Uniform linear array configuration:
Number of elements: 8
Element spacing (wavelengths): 0.5
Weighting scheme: binomial
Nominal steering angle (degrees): -45
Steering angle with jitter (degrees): -45.552
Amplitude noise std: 0.05
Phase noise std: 0.05

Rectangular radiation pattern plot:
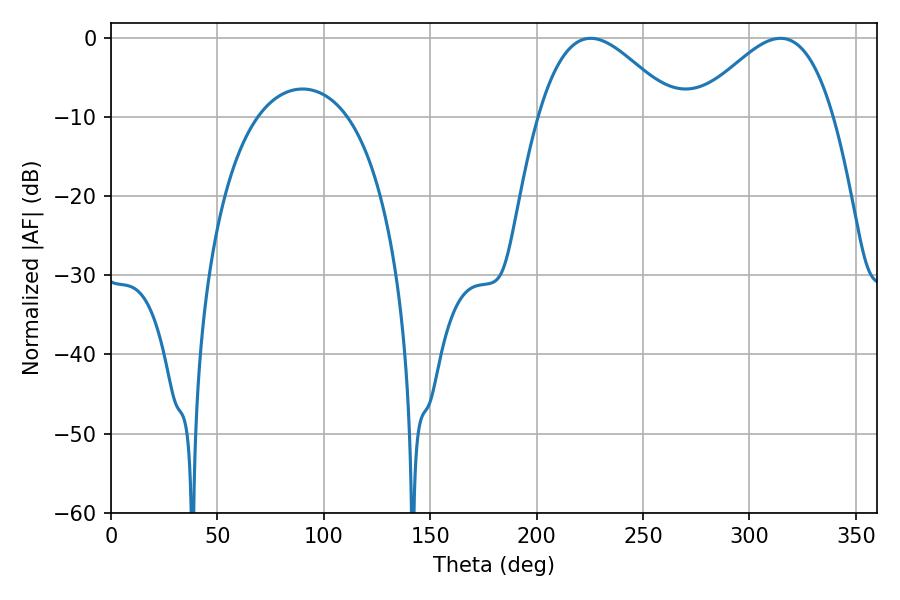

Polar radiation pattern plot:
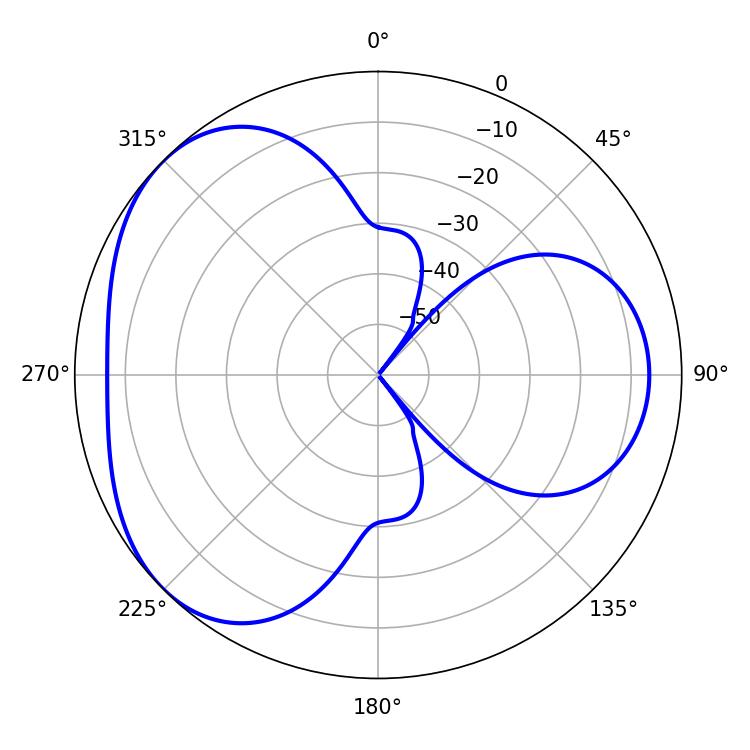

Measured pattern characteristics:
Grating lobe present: FALSE
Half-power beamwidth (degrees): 34.92
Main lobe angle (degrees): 225.36